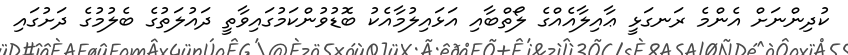
ކުދިންނަށް އެންމެ ރަނގަޅީ ޢާއިލާއެއްގެ ލޯތްބާއި އަޅައިލުމާއެކު ބޮޑުވުންކަމުގައިވާތީ ދައުލަތުގެ ބެލުމުގެ ދަށުގައި